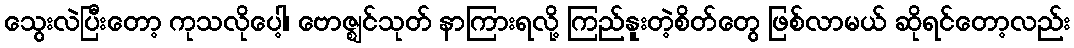
သွေးလဲပြီးတော့ ကုသလိုပေါ့၊ ဗောဇ္ဈင်သုတ် နာကြားရလို့ ကြည်နူးတဲ့စိတ်တွေ ဖြစ်လာမယ် ဆိုရင်တော့လည်း